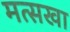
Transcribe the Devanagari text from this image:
मत्सखा